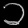
Digit: ၁